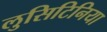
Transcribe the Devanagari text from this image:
लुसिटिनिया